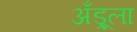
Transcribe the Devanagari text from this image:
अँड्रूला